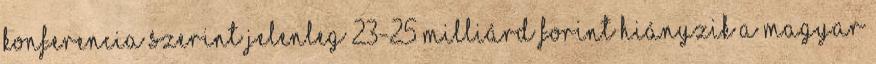
Konferencia szerint jelenleg 23-25 milliárd forint hiányzik a magyar